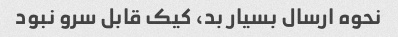
نحوه ارسال بسیار بد، کیک قابل سرو نبود